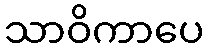
သာဝိကာပေ